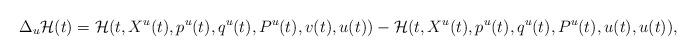
LaTeX: \begin{align*}\Delta_{u}\mathcal{H}(t)=\mathcal{H}(t,X^{u}(t),p^{u}(t),q^{u}(t),P^{u}(t),v(t),u(t))-\mathcal{H}(t,X^{u}(t),p^{u}(t),q^{u}(t),P^{u}(t),u(t),u(t)),\end{align*}